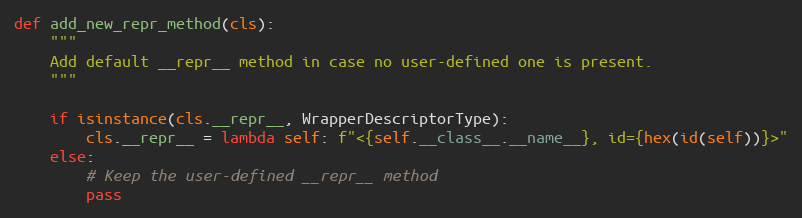
Language: Python
def add_new_repr_method(cls):
    """
    Add default __repr__ method in case no user-defined one is present.
    """

    if isinstance(cls.__repr__, WrapperDescriptorType):
        cls.__repr__ = lambda self: f"<{self.__class__.__name__}, id={hex(id(self))}>"
    else:
        # Keep the user-defined __repr__ method
        pass